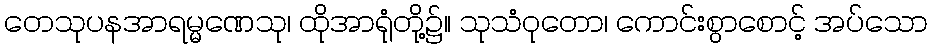
တေသုပနအာရမ္မဏေသု၊ ထိုအာရုံတို့၌။ သုသံဝုတော၊ ကောင်းစွာစောင့် အပ်သော